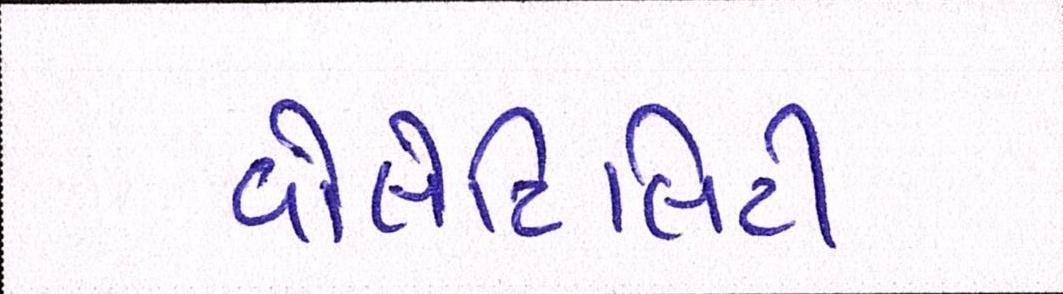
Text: વોલેટિલિટી